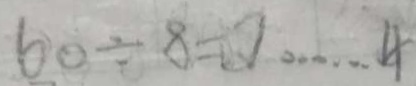
6 0 \div 8 = 7 \cdots 4